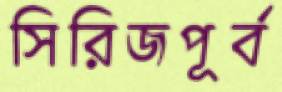
সিরিজপূর্ব